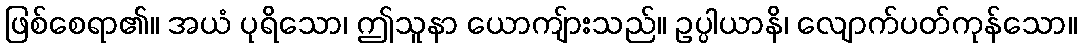
ဖြစ်စေရာ၏။ အယံ ပုရိသော၊ ဤသူနာ ယောကျ်ားသည်။ ဥပ္ပါယာနိ၊ လျောက်ပတ်ကုန်သော။